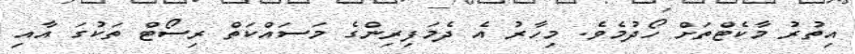
އިތުރު މާކެޓްތަށް ހޯދުމެވެ. މިހާރު އެ ދެމަފިރިންގެ މަސައްކަތް ރިސޯޓް ތަކުގަ އާއި